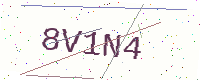
Text: 8V1N4